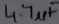
Text: 4.7µF